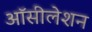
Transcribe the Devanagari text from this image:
ऑसीलेशन